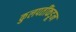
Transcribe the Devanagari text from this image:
कुलपतींकडून